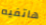
هاتفيه